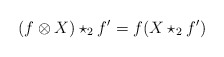
\begin{align*}(f\otimes X )\star_2 f' = f (X\star_2 f')\end{align*}